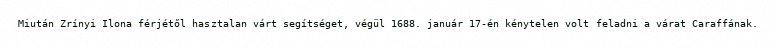
Miután Zrínyi Ilona férjétől hasztalan várt segítséget, végül 1688. január 17-én kénytelen volt feladni a várat Caraffának.